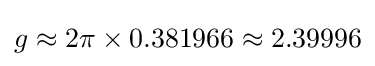
g\approx 2\pi \times 0.381966\approx 2.39996